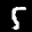
Label: 5